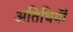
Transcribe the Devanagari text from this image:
अतिथियॊं